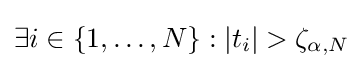
\exists i\in \{1,\ldots ,N\}:|t_{i}|>\zeta _{\alpha ,N}